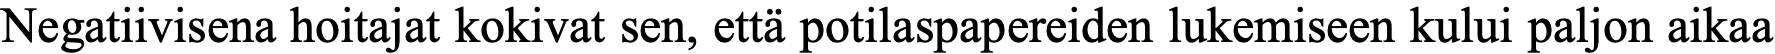
Negatiivisena hoitajat kokivat sen, että potilaspapereiden lukemiseen kului paljon aikaa